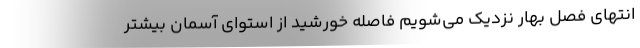
انتهای فصل بهار نزدیک می‌شویم فاصله خورشید از استوای آسمان بیشتر